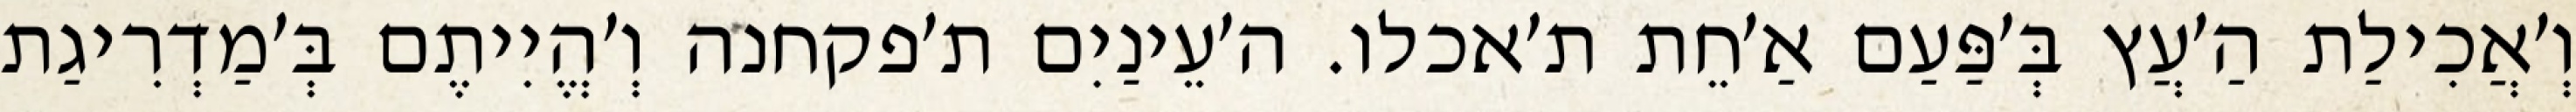
וְ׳אֲכִילַת הַ׳עֲץ בְּ׳פַּעַם אַ׳חֵת ת׳אכלו. ה׳עֵינַיִם ת׳פקחנה וְ׳הֱיִיתֶם בְּ׳מַדְרִיגַת